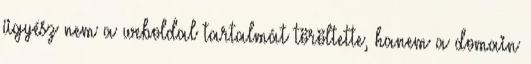
ügyész nem a weboldal tartalmát töröltette, hanem a domain